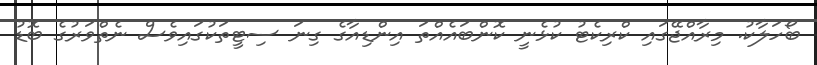
ބޯހަލާކު. މިރާއްޖޭގައި ކްރިކެޓު ކުޅެނީ ކޮންބައެއްތަ އިންޑިއާގެ ގިނަ ސިޓީތަކުގައިވެސް ނެތްވަރުގެ ބޮޑު